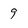
Character: 9